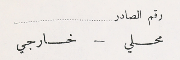
رقم الصادر
محلي – خارجي